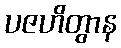
ပဇဟိတွာန